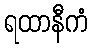
ရထာနီကံ